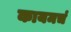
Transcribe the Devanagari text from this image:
कायमचं